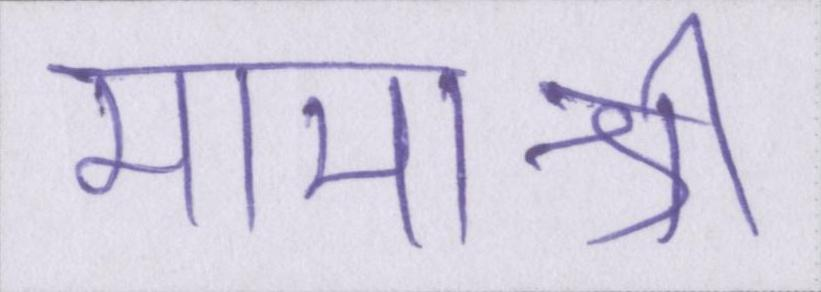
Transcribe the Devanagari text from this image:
मामाश्री